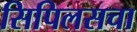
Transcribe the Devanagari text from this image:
सिपिलसचा